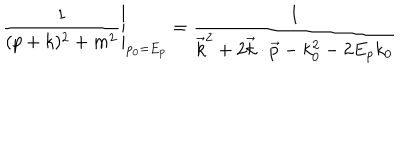
\left. { \frac { 1 } { ( p + k ) ^ { 2 } + m ^ { 2 } } } \right| _ { p _ { 0 } = E _ { p } } = { \frac { 1 } { \vec { k } ^ { 2 } + 2 \vec { k } \cdot \vec { p } - k _ { 0 } ^ { 2 } - 2 E _ { p } k _ { 0 } } }